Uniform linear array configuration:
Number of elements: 12
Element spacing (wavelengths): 0.75
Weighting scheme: exponential
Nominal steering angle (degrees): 15
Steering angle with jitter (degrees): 13.001
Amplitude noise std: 0.05
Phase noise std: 0.05

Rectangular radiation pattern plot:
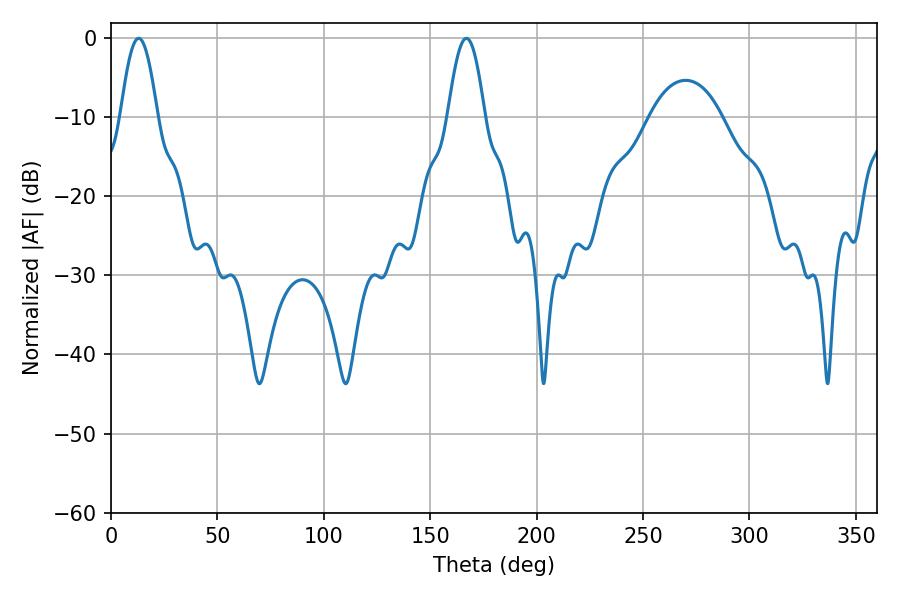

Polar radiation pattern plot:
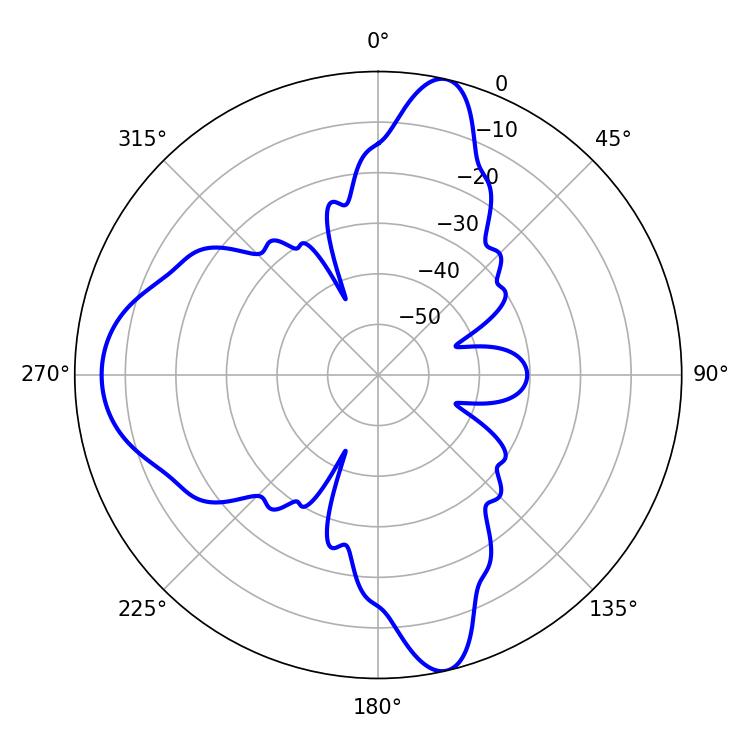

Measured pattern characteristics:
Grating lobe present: TRUE
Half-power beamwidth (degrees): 9.18
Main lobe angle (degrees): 12.96